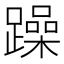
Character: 躁